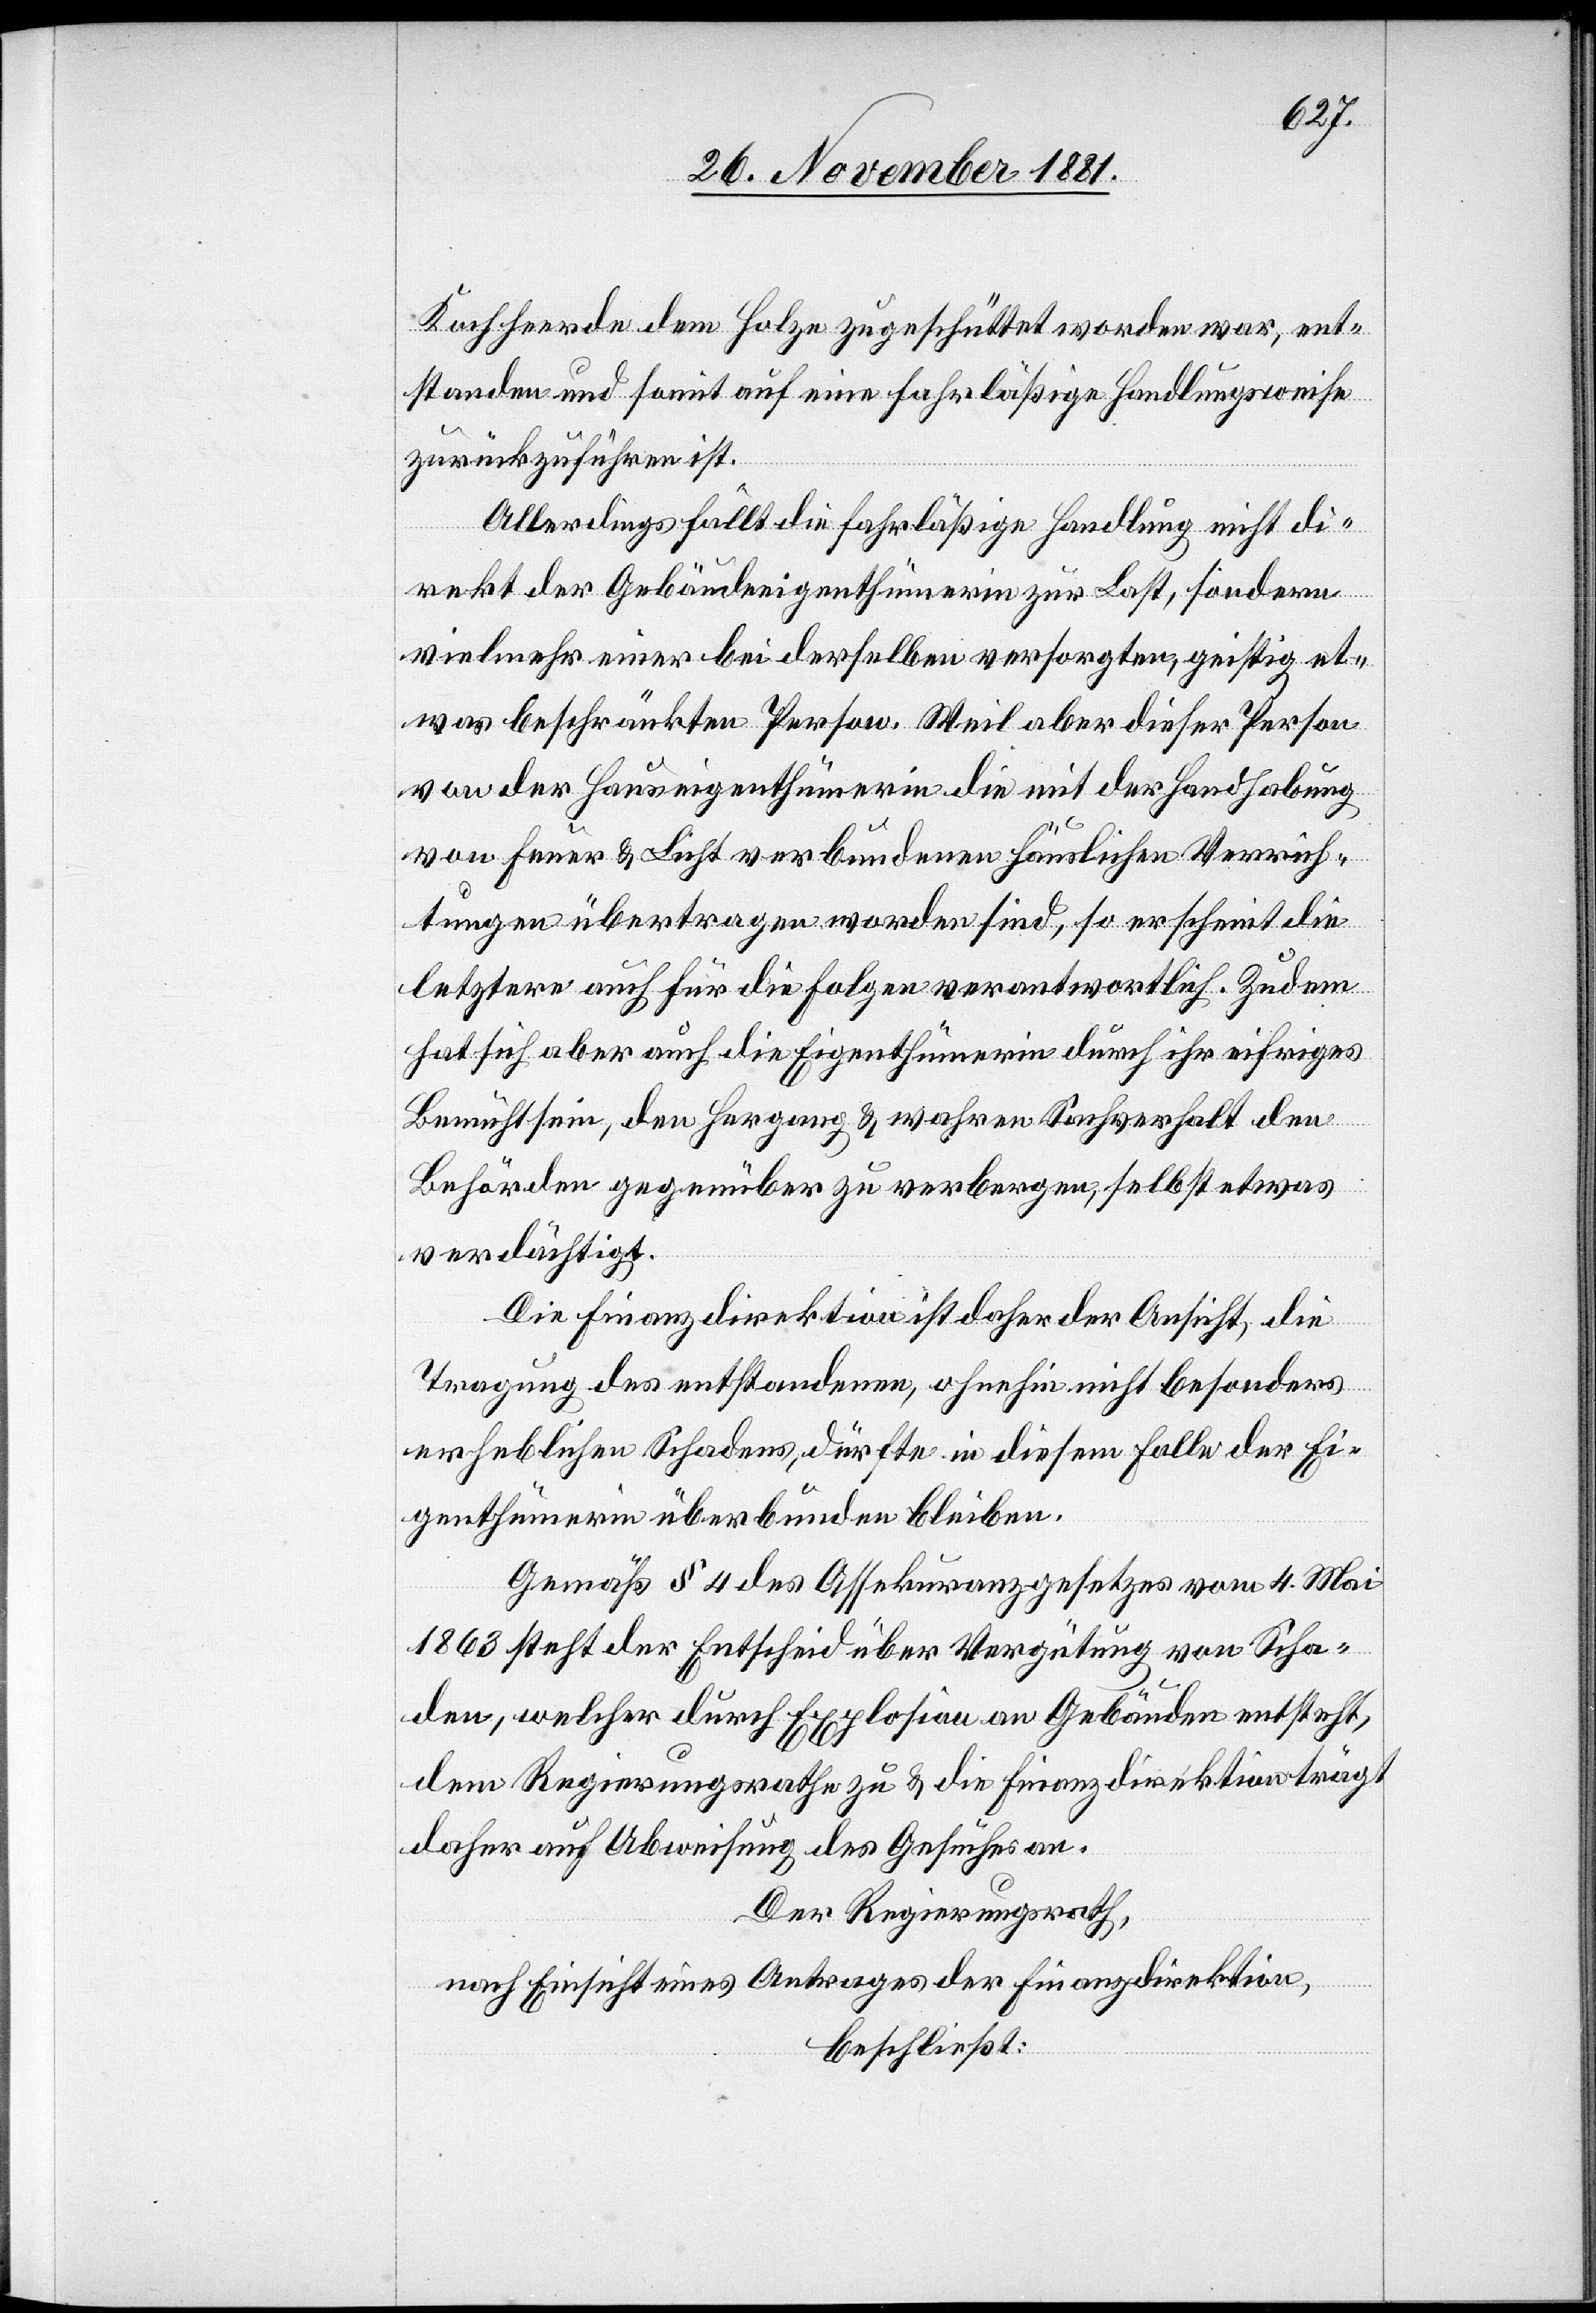
Kochherde dem Holze zugeschüttet worden war, ent¬
standen und somit auf eine fahrläßige Handlungsweise
zurückzuführen ist.
Allerdings fällt die fahrläßige Handlung nicht di¬
rekt der Gebäudeeigenthümerin zur Last, sondern
vielmehr einer bei derselben versorgten, geistig et¬
was beschränkten Person. Weil aber dieser Person
von der Hauseigenthümerin die mit der Handhabung
von Feuer & Luft verbundenen häuslichen Verrich¬
tungen übertragen worden sind, so erscheint die
letztere auch für die Folgen verantwortlich. Zudem
hat sich aber auch die Eigenthümerin durch ihr eifriges
Bemühtsein, den Hergang & wahren Sachverhalt den
Behörden gegenüber zu verbergen, selbst etwas
verdächtigt.
Die Finanzdirektion ist daher der Ansicht, die
Tragung des entstandenen, ohnehin nicht besonders
erheblichen Schadens, dürfte in diesem Falle der Ei¬
genthümerin überbunden bleiben.
Gemäß § 4 des Assekuranzgesetzes vom 4. Mai
1863 steht der Entscheid über Vergütung von Scha¬
den, welcher durch Explosion an Gebäuden entsteht,
dem Regierungsrathe zu & die Finanzdirektion trägt
daher auf Abweisung des Gesuches an.
Der Regierungsrath,
nach Einsicht eines Antrages der Finanzdirektion,
beschließt: